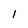
Character: 1